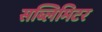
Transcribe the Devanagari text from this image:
सब्लिमिटर